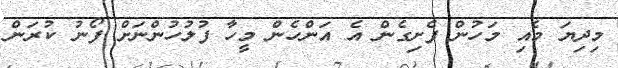
މިދިޔަ މެއި މަހުން ފެށިގެން އެ އަންހެން މީހާ ފުލުހުންނަށް ފޯނު ކުރަން